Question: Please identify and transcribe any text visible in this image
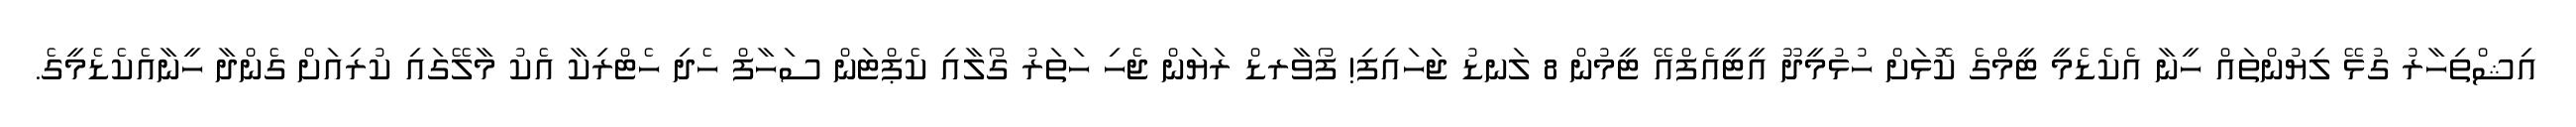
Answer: އިޝްތިހާރު ގުޅޭ ލިޔުންތައް ހީނާ އެކެޑެމީ ޓީމްގެ ކޮޅަށް ހުޅުމީދޫ އީޓީއެފްއޭ ޓީމުން 8 ލަނޑު ޖަހައިފި! ފޯވާރޑް ރަޔަން ޖެހި ހަތަރު ގޯލާއި ކެޕްޓަން ސަހާފް ހެދި ހެޓްރިކާ އެކު މާލޭގައި ކުރިއަށް ގެންދާ ހީނާއެކެޑެމީގެ.